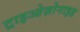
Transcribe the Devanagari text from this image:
ट्राइओज़ोनाइड